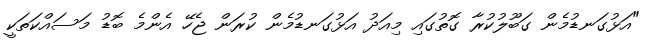
"އަޅުގަނޑުމެން ގަބޫލުކުރާ ގޮތުގައި މިއަދު އަޅުގަނޑުމެން ކުރަން ޖެހޭ އެންމެ ބޮޑު މަސައްކަތަކީ